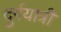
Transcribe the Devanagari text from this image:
दुर्गयात्री